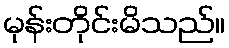
မုန်းတိုင်းမိသည်။